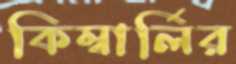
কিম্বার্লির